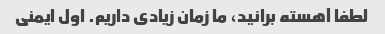
لطفا آهسته برانید، ما زمان زیادی داریم. اول ایمنی